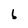
Character: b